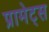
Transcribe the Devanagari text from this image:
प्रामेट्स